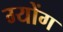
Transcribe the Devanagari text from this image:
ग्योंग